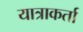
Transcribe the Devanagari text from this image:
यात्राकर्ता